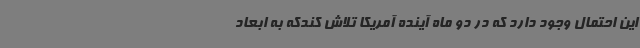
این احتمال وجود دارد که در دو ماه آینده آمریکا تلاش کندکه به ابعاد